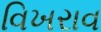
વિખરાવ